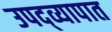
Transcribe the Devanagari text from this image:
उपद्व्यापात